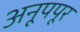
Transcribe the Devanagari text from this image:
अनूपपूर